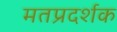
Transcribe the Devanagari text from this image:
मतप्रदर्शक